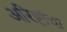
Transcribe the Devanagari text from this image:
अरिष्टांचा